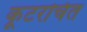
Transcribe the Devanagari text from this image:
कूटरचित